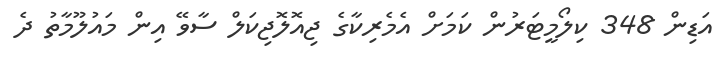
އަޑިން 348 ކިލޯމީޓަރުން ކަމަށް އެމެރިކާގެ ޖިއޮލޮޖިކަލް ސާވޭ އިން މައުލޫމާތު ދެ